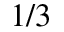
1 / 3